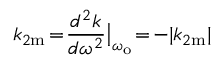
k _ { 2 \mathrm { m } } \! = \! \frac { d ^ { 2 } k } { d \omega ^ { 2 } } \big | _ { \omega _ { \mathrm { o } } } \! = \! - | k _ { 2 \mathrm { m } } |